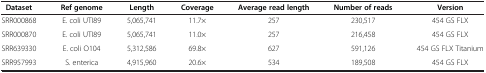
<table><thead><tr><td><b>Dataset</b></td><td><b>Ref genome</b></td><td><b>Length</b></td><td><b>Coverage</b></td><td><b>Average read length</b></td><td><b>Number of reads</b></td><td><b>Version</b></td></tr></thead><tbody><tr><td>SRR000868</td><td>E. coli UTI89</td><td>5,065,741</td><td>11.7×</td><td>257</td><td>230,517</td><td>454 GS FLX</td></tr><tr><td>SRR000870</td><td>E. coli UTI89</td><td>5,065,741</td><td>11.0×</td><td>257</td><td>216,458</td><td>454 GS FLX</td></tr><tr><td>SRR639330</td><td>E. coli O104</td><td>5,312,586</td><td>69.8×</td><td>627</td><td>591,126</td><td>454 GS FLX Titanium</td></tr><tr><td>SRR957993</td><td>S. enterica</td><td>4,915,960</td><td>20.6×</td><td>534</td><td>189,508</td><td>454 GS FLX</td></tr></tbody></table>